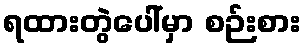
ရထားတွဲပေါ်မှာ စဉ်းစား